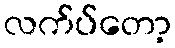
လက်ပ်တော့